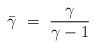
LaTeX: \begin{align*}\bar\gamma\ =\ {\gamma\over \gamma-1}\end{align*}